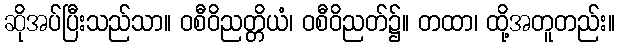
ဆိုအပ်ပြီးသည်သာ။ ဝစီဝိညတ္တိယံ၊ ဝစီဝိညတ်၌။ တထာ၊ ထို့အတူတည်း။